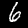
Digit: 6